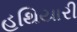
હથિયારી